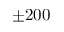
\pm 2 0 0